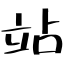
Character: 站